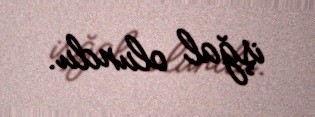
işğal olundu.